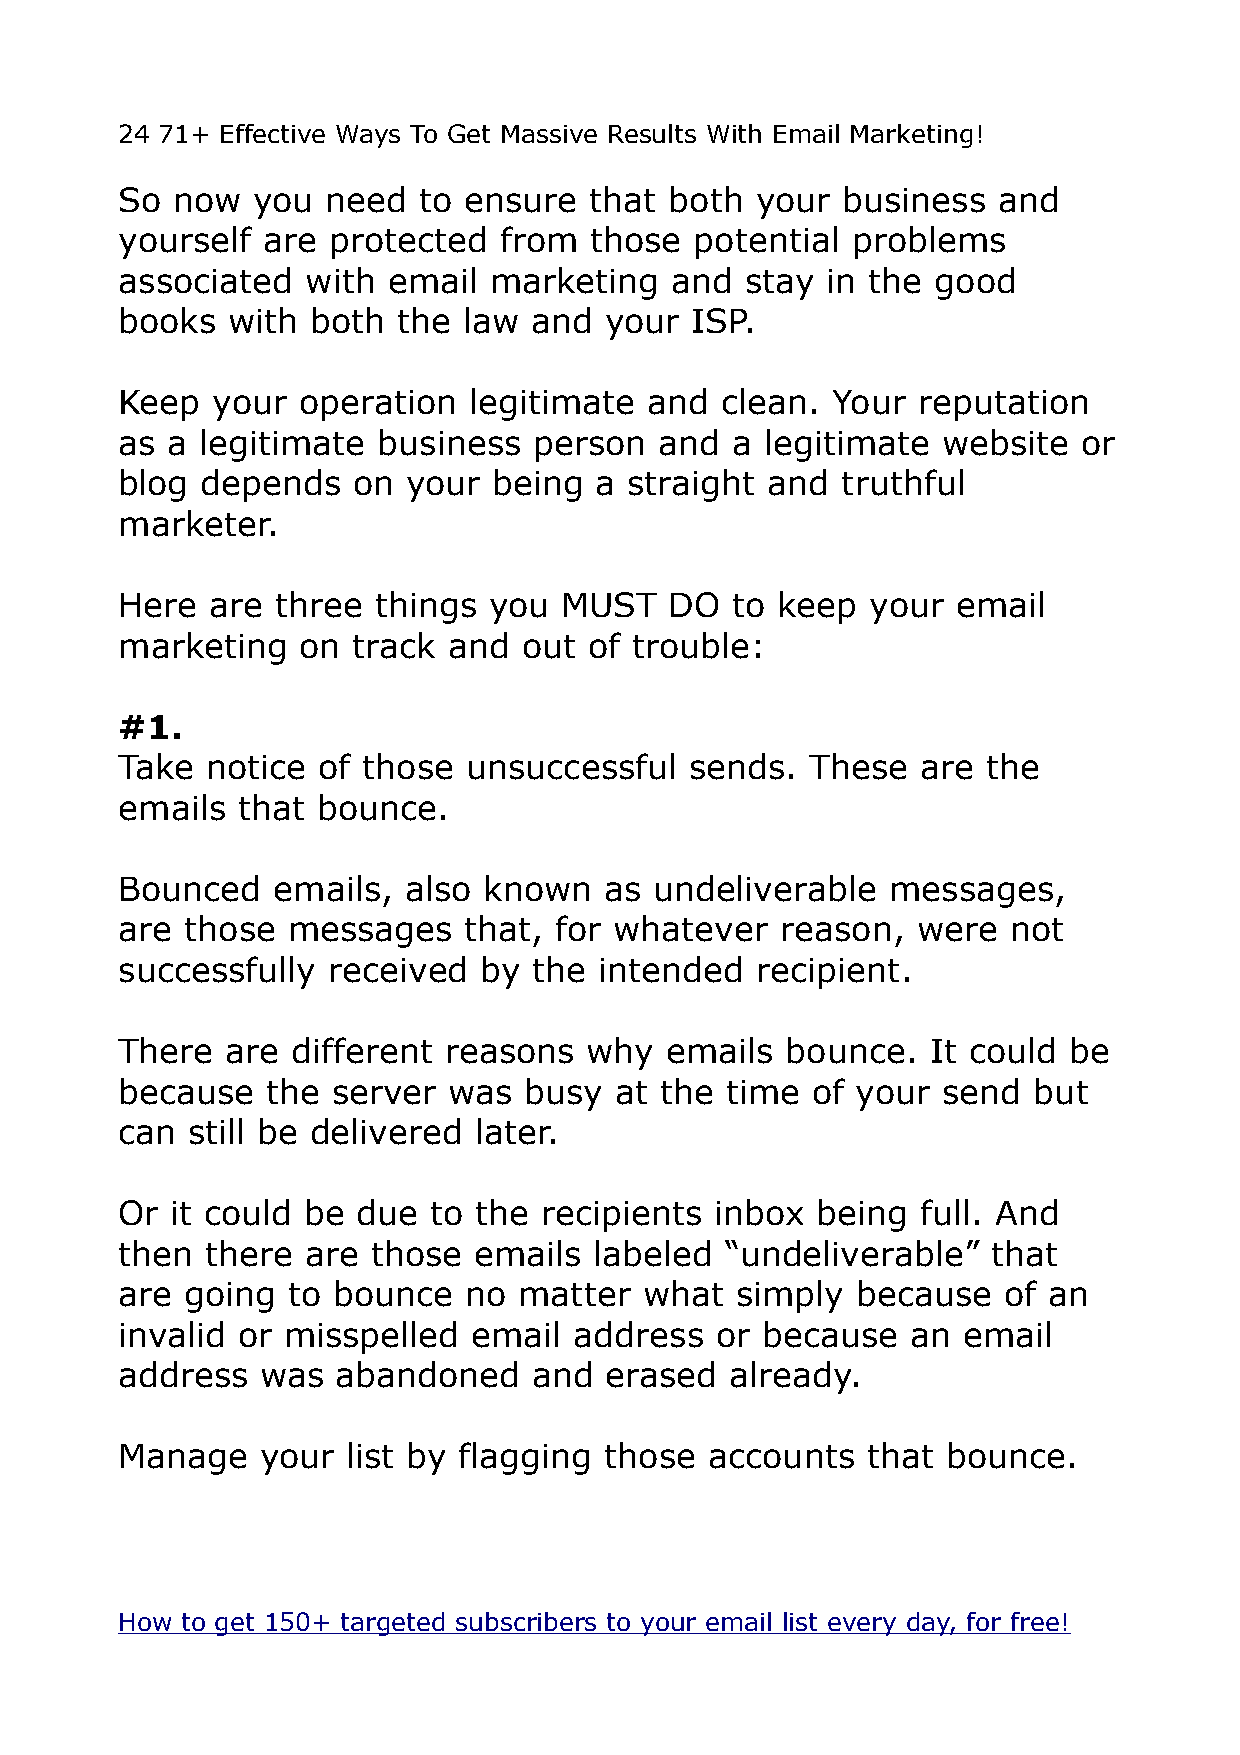
24 71+ Effective Ways To Get Massive Results With Email Marketing!
 So now   you  need  to ensure  that both  your  business  and
 yourself are  protected  from  those  potential problems
 associated  with  email marketing   and  stay  in the good
 books  with  both the  law and  your  ISP.
 Keep  your  operation  legitimate  and  clean. Your  reputation
 as a legitimate  business  person   and a  legitimate website   or
 blog depends   on  your  being a  straight and  truthful
 marketer.
 Here  are three  things you  MUST   DO  to keep   your email
 marketing   on track  and  out of trouble:
 #1.
 Take  notice of those  unsuccessful   sends.  These  are the
 emails  that bounce.
 Bounced   emails,  also known   as undeliverable   messages,
 are those  messages    that, for whatever   reason,  were  not
 successfully  received  by the  intended  recipient.
 There  are different reasons   why  emails  bounce.   It could be
 because   the server  was  busy  at the time  of your send  but
 can still be delivered later.
 Or it could be  due to the  recipients inbox  being  full. And
 then  there are  those emails  labeled  “undeliverable”   that
 are going  to bounce   no matter   what  simply  because  of an
 invalid or misspelled  email  address  or because   an  email
 address  was  abandoned    and  erased  already.
 Manage   your  list by flagging those  accounts  that  bounce.
 How to get 150+ targeted subscribers to your email list every day, for free!